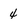
Character: 4